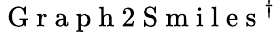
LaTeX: \mathrm{~G~r~a~p~h~2~S~m~i~l~e~s~}^{\dagger}